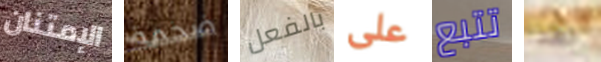
الإمتنان ضخمة بالفعل على تتبع بهذا